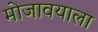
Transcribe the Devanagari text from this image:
मोजावयाला